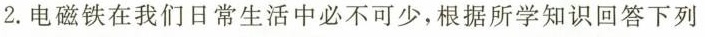
2.电磁铁在我们日常生活中必不可少，根据所学知识回答下列